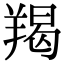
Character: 羯